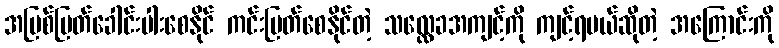
အမြစ်ပြတ်ခေါင်းပါးစေနိုင် ကင်းပြတ်စေနိုင်တဲ့ သလ္လေခအကျင့်ကို ကျင့်ရမယ်ဆိုတဲ့ အကြောင်းကို